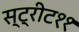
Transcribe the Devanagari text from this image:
स्ट्रीट११